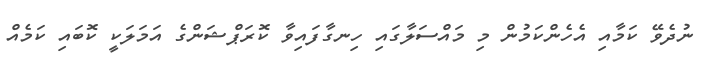
ނުދެވޭ ކަމާއި އެހެންކަމުން މި މައްސަލާގައި ހިނގާފައިވާ ކޮރަޕްޝަންގެ އަމަލަކީ ކޮބައި ކަމެއް